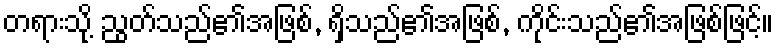
တရားသို့ ညွတ်သည်၏အဖြစ်, ရှိသည်၏အဖြစ်, ကိုင်းသည်၏အဖြစ်ဖြင့်။